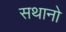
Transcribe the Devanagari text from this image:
सथानो